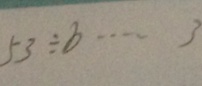
5 3 \div b \cdots 3